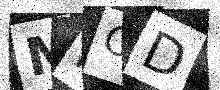
Text: MFOD